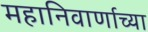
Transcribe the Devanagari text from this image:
महानिवार्णाच्या